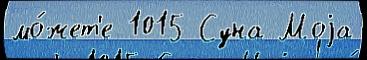
мо́жет'е 1015 Суна Моjа